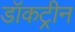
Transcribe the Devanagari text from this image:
डॉकट्रीन